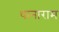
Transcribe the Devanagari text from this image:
थानाराम